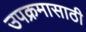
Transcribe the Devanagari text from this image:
उपक्रमासाठी